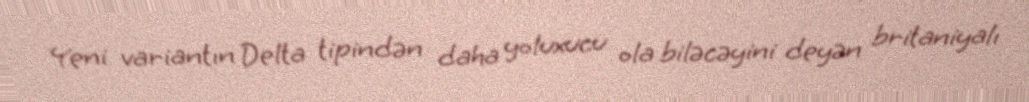
Yeni variantın Delta tipindən daha yoluxucu ola biləcəyini deyən britaniyalı